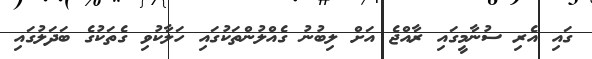
ގައި އެރި ސުނާމީގައި ރާއްޖެ އަށް ލިބުނު ގެއްލުންތަކުގައި ހަލާކުވި ގެތަކުގެ ބަދަލުގައި